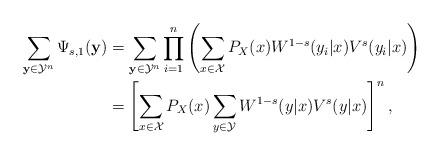
LaTeX: \begin{align*}\sum_{\mathbf{y}\in{\cal Y}^{n}}\Psi_{s,1}(\mathbf{y}) & =\sum_{\mathbf{y}\in{\cal Y}^{n}}\prod_{i=1}^{n}\left(\sum_{x\in{\cal X}}P_{X}(x)W^{1-s}(y_{i}|x)V^{s}(y_{i}|x)\right)\\ & =\left[\sum_{x\in{\cal X}}P_{X}(x)\sum_{y\in{\cal Y}}W^{1-s}(y|x)V^{s}(y|x)\right]^{n},\end{align*}